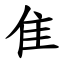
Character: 隹